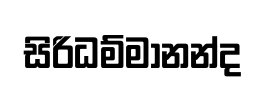
සිරිධම්මානන්ද